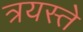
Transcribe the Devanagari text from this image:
त्रयस्ते